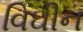
વિઘીન